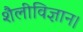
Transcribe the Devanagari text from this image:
शैलीविज्ञान।